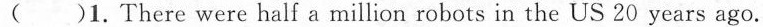
( )1.There were half a million robots in the US 20 years ago.